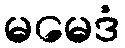
မမေဒံ